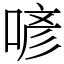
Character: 喭